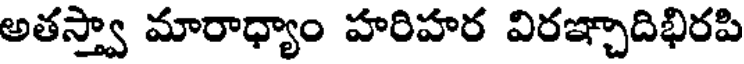
అతస్త్వా మారాధ్యాం హరిహర విరఞ్చాదిభిరపి